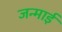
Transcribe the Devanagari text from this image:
जन्माई